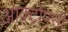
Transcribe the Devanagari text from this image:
आक्टोपसी